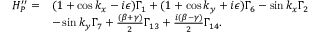
\begin{array} { r l } { H _ { P } ^ { \prime \prime } = } & { ( 1 + \cos k _ { x } - i \epsilon ) \Gamma _ { 1 } + ( 1 + \cos k _ { y } + i \epsilon ) \Gamma _ { 6 } - \sin k _ { x } \Gamma _ { 2 } } \\ & { - \sin k _ { y } \Gamma _ { 7 } + \frac { ( \beta + \gamma ) } { 2 } \Gamma _ { 1 3 } + \frac { i ( \beta - \gamma ) } { 2 } \Gamma _ { 1 4 } . } \end{array}